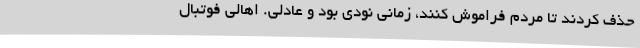
حذف کردند تا مردم فراموش کنند، زمانی نودی بود و عادلی. اهالی فوتبال